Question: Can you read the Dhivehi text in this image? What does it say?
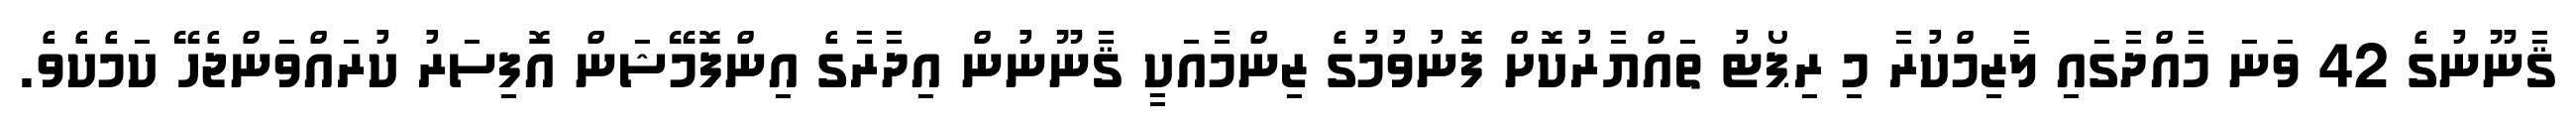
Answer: ޤާނޫނުގެ 42 ވަނަ މާއްދާގައި ލާޒިމްކުރާ މި ރިޕޯޓު ތައްޔާރުކޮށް ފޮނުވުމުގެ ޒިންމާއަކީ ޤާނޫނުން އިދާރާގެ އިންފޮމޭޝަން އޮފިސަރު ކުރައްވަންޖެހޭ ކަމެކެވެ.